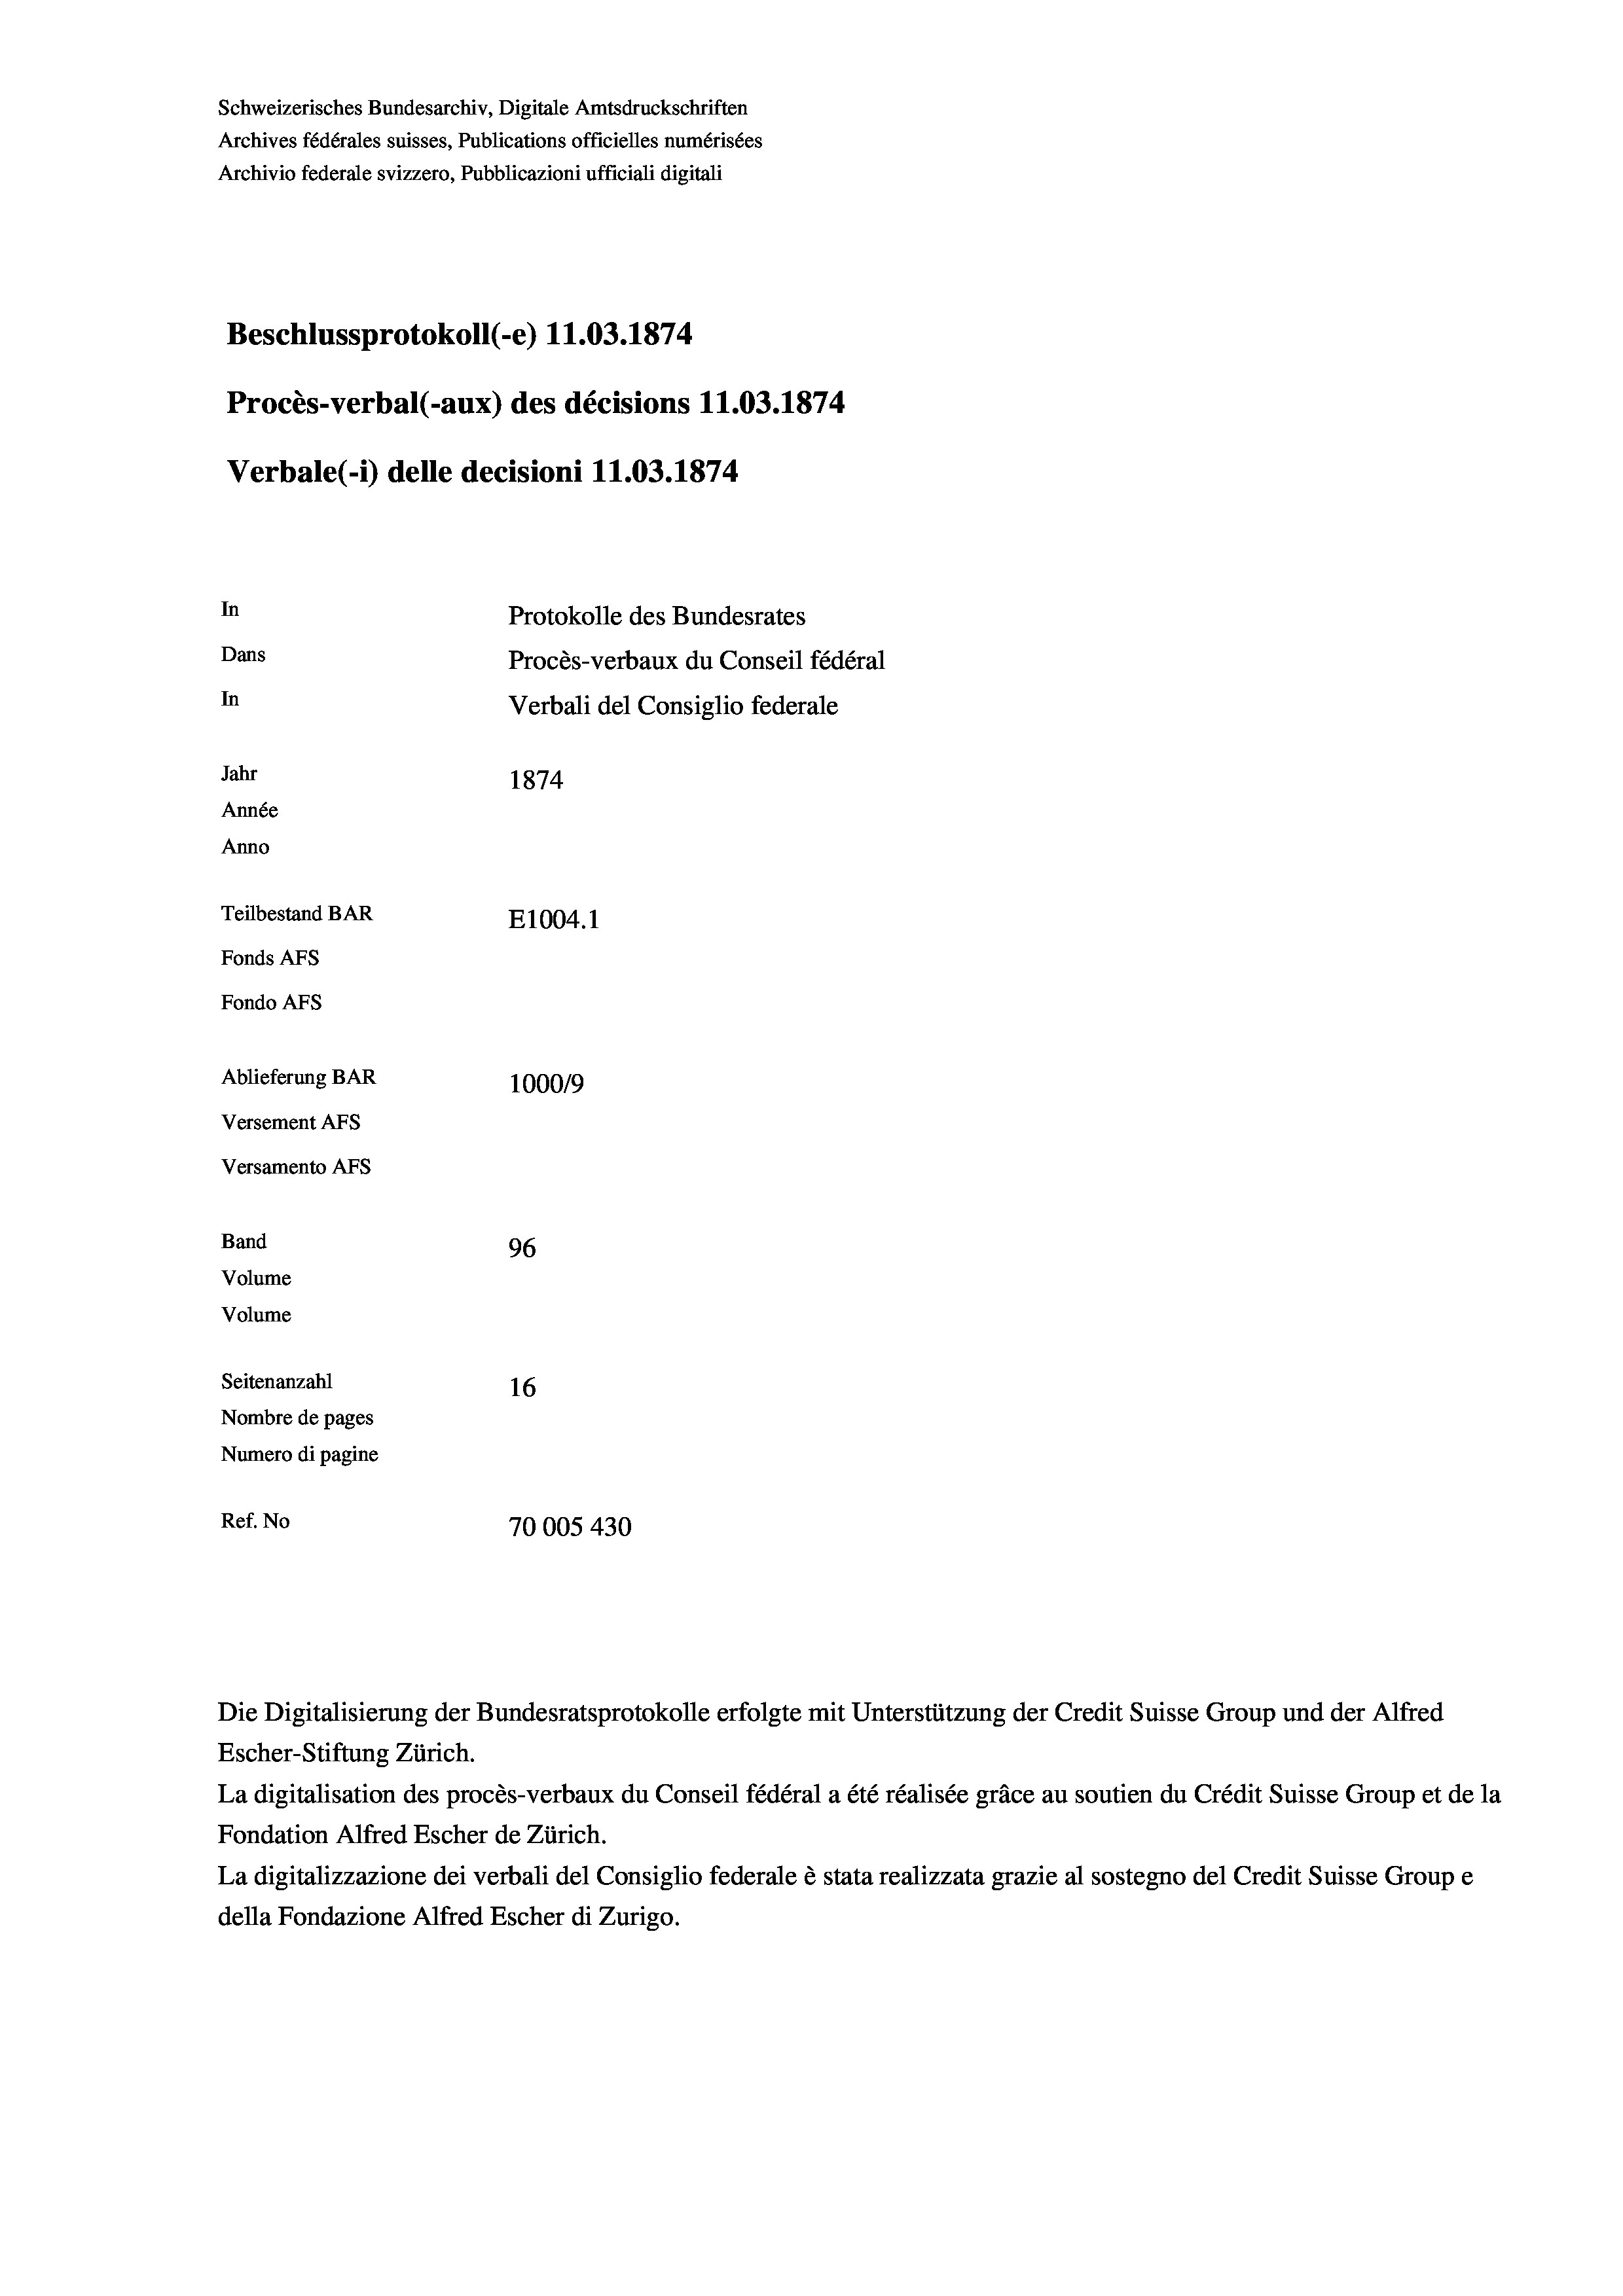
Schweizerisches Bundesarchiv, Digitale Amtsdruckschriften
Archives fédérales suisses, Publications officielles numérisées
Archivio federale svizzero, Pubblicazioni ufficiali digitali
Beschlussprotokoll (-e) 11.03. 1874
Procès-verbal (-aux) des décisions 11.03. 1874
Verbale(-*) delle decisioni 11.03. 1874
In
Protokolle des Bundesrates
Dans
Procès-verbaux du Conseil fédéral
In
Verbali del Consiglio federale
Jahr
1874
Année
Anno
Teilbestand BAR
E1004. 1
Fonds AFs
Fondo AFs
Ablieferung BAR
1000/9
Versement Abs
Versamento Afs
Band
96
Volume
Volume

Seitenanzahl
16
Nombre de pages
Numero di pagine
Ref. No
70005 430

Escher-Stiftung Zürich.
La digitalisation des procès-verbaux du Conseil fédéral a été réalisée gräce au soutien du Crédit Suisse Group et de la
Fondation Alfred Escher de Zürich.
La digitalizzazione dei verbali del Consiglio federale è stata realizzata grazie al sostegno del Credit Suisse Groupe
della Fondazione Alfred Escher di Zurigo.

Die Digitalisierung der Bundesratsprotokolle erfolgte mit Unterstützung der Credit Suisse Group und der Alfred